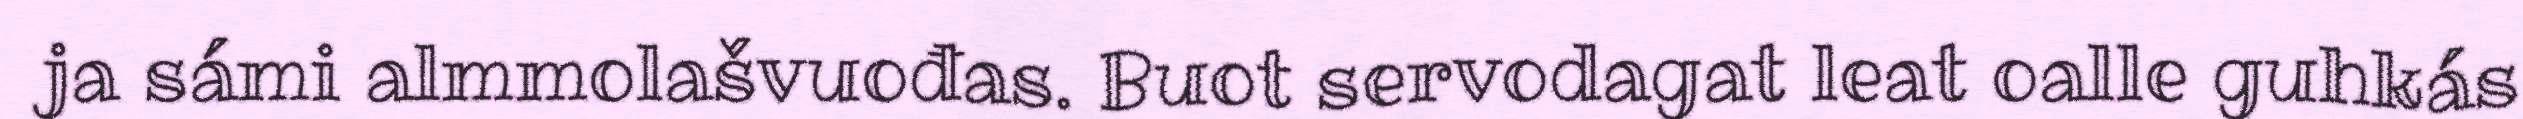
ja sámi almmolašvuođas. Buot servodagat leat oalle guhkás